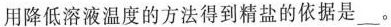
用降低溶液温度的方法得到精盐的依据是___。